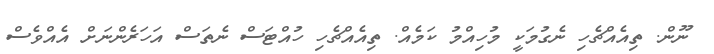
ނޫން. ތިއެއްޗެހި ނެގުމަކީ މުހިއްމު ކަމެއް. ތިއެއްޗެހި ހުއްޓަސް ނެތަސް އަހަރެންނަށް އެއްވެސް